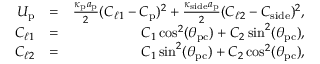
\begin{array} { r l r } { U _ { \mathrm { p } } } & { = } & { \frac { \kappa _ { \mathrm { p } } a _ { \mathrm { p } } } { 2 } ( C _ { \ell 1 } - C _ { \mathrm { p } } ) ^ { 2 } + \frac { \kappa _ { \mathrm { s i d e } } a _ { \mathrm { p } } } { 2 } ( C _ { \ell 2 } - C _ { \mathrm { s i d e } } ) ^ { 2 } , } \\ { C _ { \ell 1 } } & { = } & { C _ { 1 } \cos ^ { 2 } ( \theta _ { \mathrm { p c } } ) + C _ { 2 } \sin ^ { 2 } ( \theta _ { \mathrm { p c } } ) , } \\ { C _ { \ell 2 } } & { = } & { C _ { 1 } \sin ^ { 2 } ( \theta _ { \mathrm { p c } } ) + C _ { 2 } \cos ^ { 2 } ( \theta _ { \mathrm { p c } } ) , } \end{array}